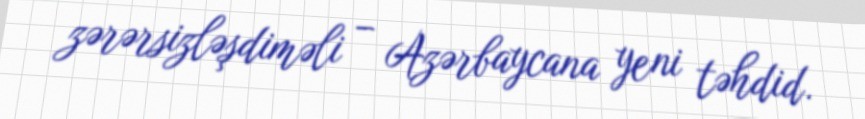
zərərsizləşdiməli – Azərbaycana yeni təhdid.